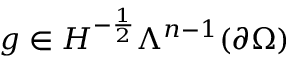
g \in H ^ { - \frac { 1 } { 2 } } \Lambda ^ { n - 1 } ( \partial \Omega )